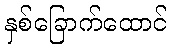
နှစ်ခြောက်ထောင်